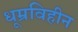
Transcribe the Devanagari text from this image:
धूम्रविहीन